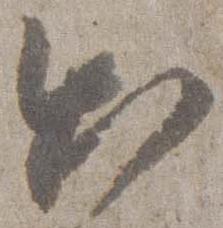
出